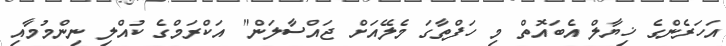
އަހަރެންގެ ޚިޔާލް އެބައޮތް މި ހަފްތާގަ މެލޭއަށް ޖައްސާލަން" އަކްރަމްގެ ކުއްލި ނިންމުމާއި